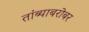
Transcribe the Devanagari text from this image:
तांब्याबरोबर